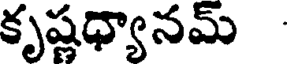
కృష్ణధ్యానమ్